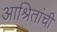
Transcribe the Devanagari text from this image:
आश्रितांची